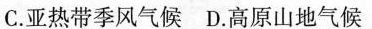
C.亚热带季风气候 D.高原山地气候